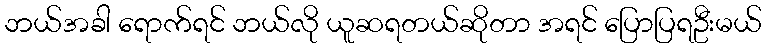
ဘယ်အခါ ရောက်ရင် ဘယ်လို ယူဆရတယ်ဆိုတာ အရင် ပြောပြရဦးမယ်